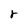
Character: r